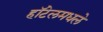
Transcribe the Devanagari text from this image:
हॉटेलमधले